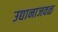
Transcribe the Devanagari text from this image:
उद्यानाजवळ